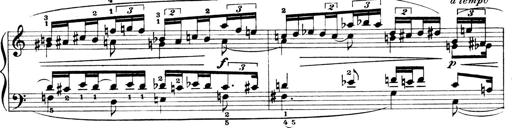
Title: 4 Sonatines
Composer: Max Reger